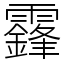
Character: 𩆨